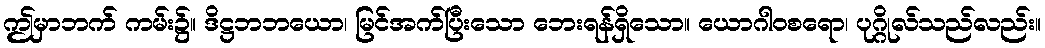
ဤမှာဘက် ကမ်း၌။ ဒိဋ္ဌဘဘယော၊ မြင်အက်ပြီးသော ဘေးရန်ရှိသော။ ယောဂါဝစရော၊ ပုဂ္ဂိုလ်သည်လည်း။